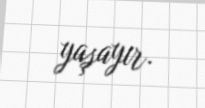
yaşayır.